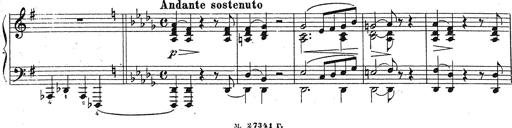
Title: Grosses Konzertsolo
Composer: Franz Liszt